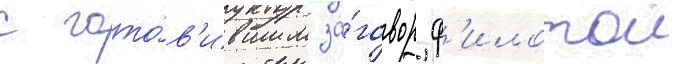
с гото́в'ившим за́говор ф'илотои